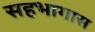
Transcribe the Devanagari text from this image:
सहभागास